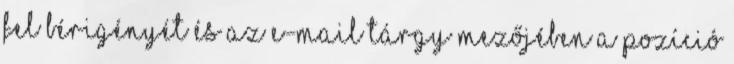
fel bérigényét és az e-mail tárgy mezőjében a pozíció